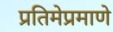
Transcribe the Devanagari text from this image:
प्रतिमेप्रमाणे